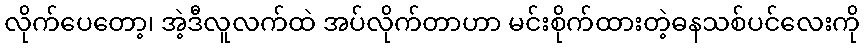
လိုက်ပေတော့၊ အဲ့ဒီလူလက်ထဲ အပ်လိုက်တာဟာ မင်းစိုက်ထားတဲ့ဓနသစ်ပင်လေးကို